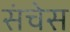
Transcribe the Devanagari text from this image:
संचेस